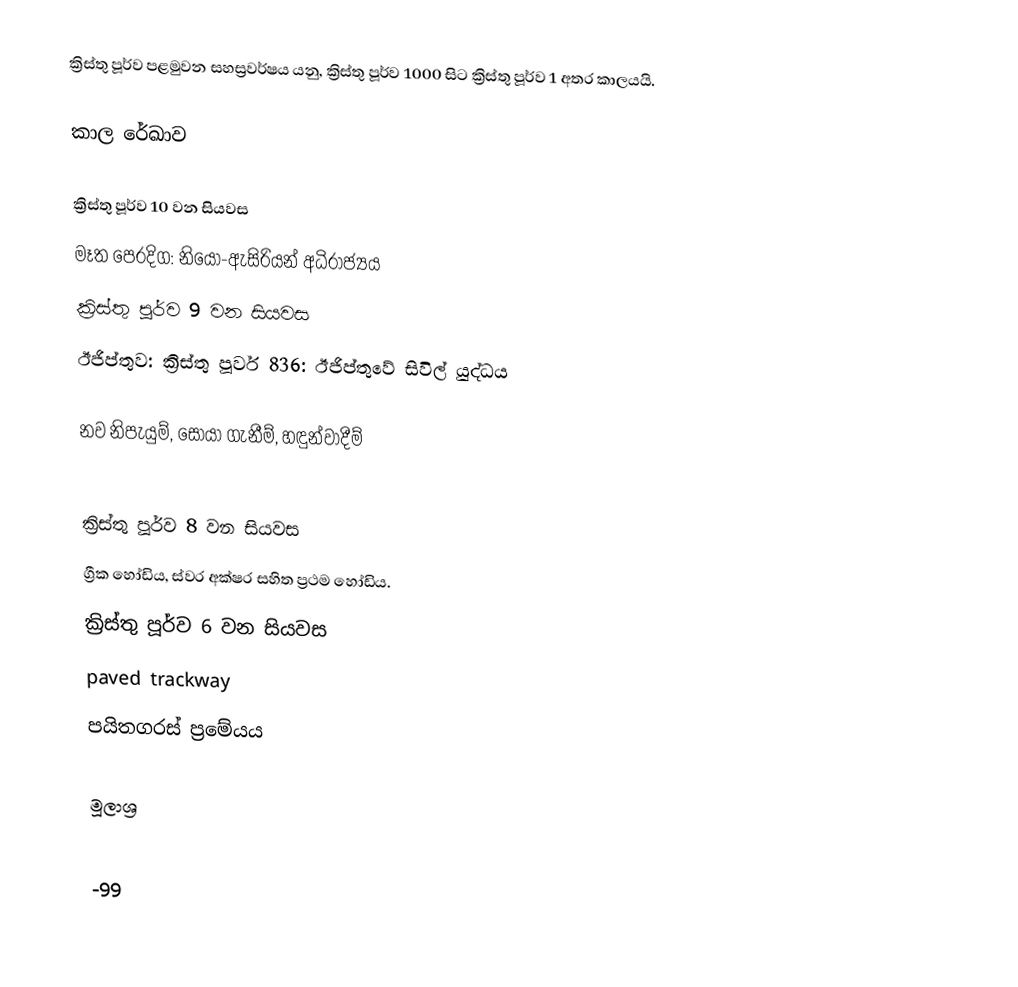
ක්‍රිස්තු පූර්ව පළමුවන සහස්‍රවර්ෂය යනු, ක්‍රිස්තු පූර්ව 1000 සිට ක්‍රිස්තු පූර්ව 1 අතර කාලයයි.

කාල රේඛාව

ක්‍රිස්තු පූර්ව 10 වන සියවස
මෑත පෙරදිග: නියෝ-ඇසිරියන් අධිරාජ්‍යය
ක්‍රිස්තු පූර්ව 9 වන සියවස
ඊජිප්තුව: ක්‍රිස්තු පූර්ව 836: ඊජිප්තුවේ සිවිල් යුද්ධය

නව නිපැයුම්, සොයා ගැනීම්, හඳුන්වාදීම්

ක්‍රිස්තු පූර්ව 8 වන සියවස
 ග්‍රීක හෝඩිය, ස්වර අක්ෂර සහිත ප්‍රථම හෝඩිය.
ක්‍රිස්තු පූර්ව 6 වන සියවස
paved trackway
 පයිතගරස් ප්‍රමේයය

මූලාශ්‍ර

-99